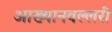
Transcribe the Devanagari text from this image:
आख्यानवल्लरी